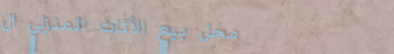
محل بيع الأثاث المنزلي ال